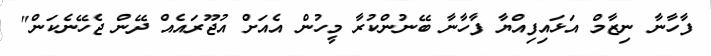
ފާހާނާ ނިޒާމް އަޅައިފިއްޔާ ފާހާނާ ބޭނުންކުރާ މީހުން އެއަށް އުޖޫރައެއް ދޭން ޖެހޭނެކަން"